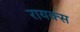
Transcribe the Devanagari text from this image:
रायक्स